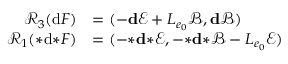
\begin{array} { r l } { \mathcal { R } _ { 3 } ( \mathrm { d } F ) } & { = ( - \mathbf { d } \mathscr { E } + L _ { e _ { 0 } } \mathscr { B } , \mathbf { d } \mathscr { B } ) } \\ { \mathcal { R } _ { 1 } ( { * } \mathrm { d } { * } F ) } & { = ( - { \boldsymbol { * } } \mathbf { d } { \boldsymbol { * } } \mathscr { E } , - { \boldsymbol { * } } \mathbf { d } { \boldsymbol { * } } \mathscr { B } - L _ { e _ { 0 } } \mathscr { E } ) } \end{array}